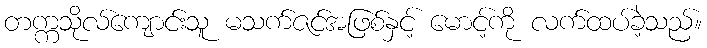
တက္ကသိုလ်ကျောင်းသူ မသက်ဇင်အဖြစ်နှင့် မောင့်ကို လက်ထပ်ခဲ့သည်။